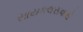
સાયકલસવારો